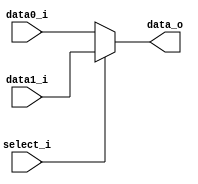
module MUX32 (
  input [31:0] data0_i,
  input [31:0] data1_i,
  input select_i,
  output [31:0] data_o
);

assign data_o = select_i ? data1_i : data0_i;

endmodule